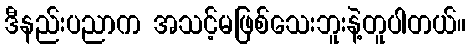
ဒီနည်းပညာက အသင့်မဖြစ်သေးဘူးနဲ့တူပါတယ်။